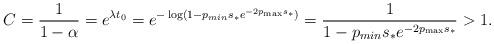
LaTeX: \begin{align*} C = \frac{1}{1-\alpha } = e^{\lambda t_0} = e^{- \log(1-p_{min}s_*e^{-2p_{\max}s_*})} = \frac{1}{1-p_{min}s_*e^{-2p_{\max}s_*}} >1. \end{align*}